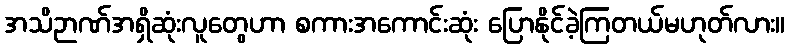
အသိဉာဏ်အရှိဆုံးလူတွေဟာ စကားအကောင်းဆုံး ပြောနိုင်ခဲ့ကြတယ်မဟုတ်လား။